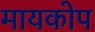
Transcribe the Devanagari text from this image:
मायकोप